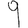
Digit: 9